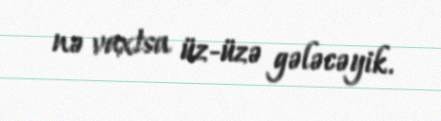
nə vaxtsa üz-üzə gələcəyik.